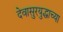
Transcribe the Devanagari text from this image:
देवासुरयुद्धाच्या